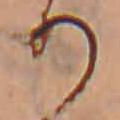
り